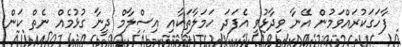
ފާހަގަކުރައްވަމުން އޭނާ ވިދާޅުވީ އެފަދަ ހަމަލާތަކާއި އިސްލާމް ދީނާ ގުޅުމެއް ނެތް ކަން